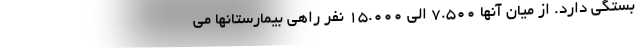
بستگی دارد. از میان آنها 7.500 الی 15.000 نفر راهی بیمارستانها می